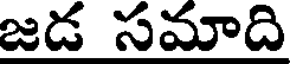
జడ సమాది